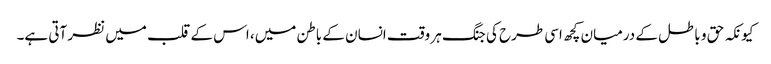
کیونکہ حق و باطل کے درمیان کچھ اسی طرح کی جنگ ہر وقت انسان کے باطن میں، اس کے قلب میں نظر آتی ہے۔